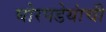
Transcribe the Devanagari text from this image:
घोरपडेयांची